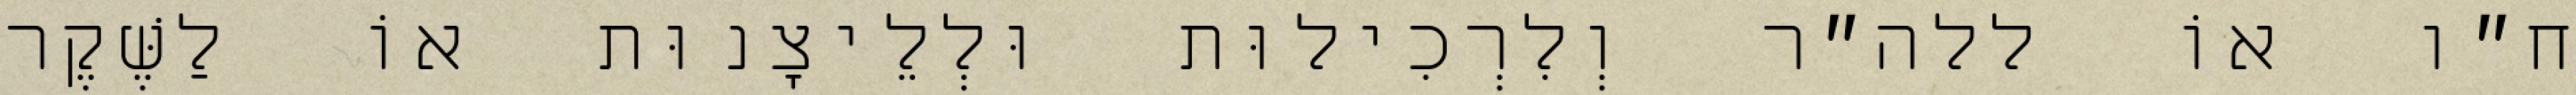
ח״ו אוֹ ללה״ר וְלִרְכִילוּת וּלְלֵיצָנוּת אוֹ לַשֶּׁקֶר